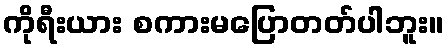
ကိုရီးယား စကားမပြောတတ်ပါဘူး။